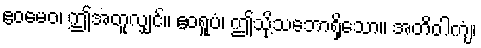
ဧဝမေဝ၊ ဤအတူလျှင်။ ဧဝရူပံ၊ ဤသို့သဘောရှိသော။ အတိဝါကျံ၊